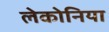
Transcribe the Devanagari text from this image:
लेकोनिया